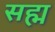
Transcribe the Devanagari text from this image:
सह्म